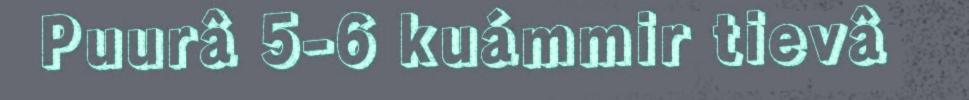
Puurâ 5-6 kuámmir tievâ